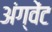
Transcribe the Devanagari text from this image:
अंग्वेंट